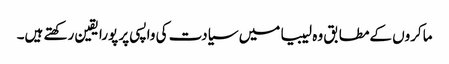
ماکروں کےمطابق وہ لیبیا میں سیادت کی واپسی پر پورا یقین رکھتے ہیں۔